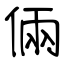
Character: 倆